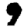
Digit: 9